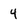
Character: 4